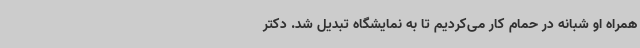
همراه او شبانه در حمام کار می‌کردیم تا به نمایشگاه تبدیل شد. دکتر